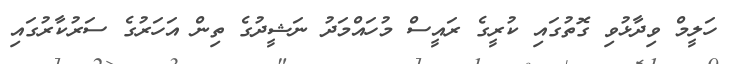
ހަލީމް ވިދާޅުވި ގޮތުގައި ކުރީގެ ރައީސް މުހައްމަދު ނަޝީދުގެ ތިން އަހަރުގެ ސަރުކާރުގައި